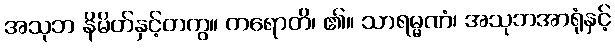
အသုဘ နိမိတ်နှင့်တကွ။ ကရောတိ၊ ၏။ သာရမ္မဏံ၊ အသုဘအာရုံနှင့်